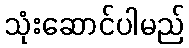
သုံးဆောင်ပါမည်